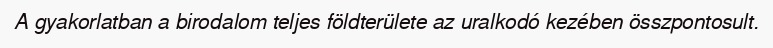
A gyakorlatban a birodalom teljes földterülete az uralkodó kezében összpontosult.